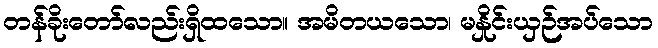
တန်ခိုးတော်လည်းရှိထသော။ အမိတယသော၊ မနှိုင်းယှဉ်အပ်သော